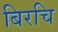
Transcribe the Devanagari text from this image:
बिरचि